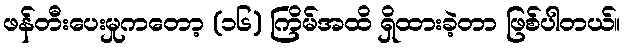
ဖန်တီးပေးမှုကတော့ (၁၆) ကြိမ်အထိ ရှိထားခဲ့တာ ဖြစ်ပါတယ်။